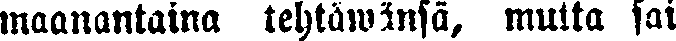
maanantaina tehtäwänsä, mutta sai